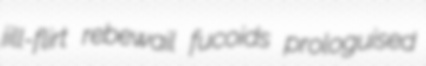
jill-flirt rebewail fucoids prologuised